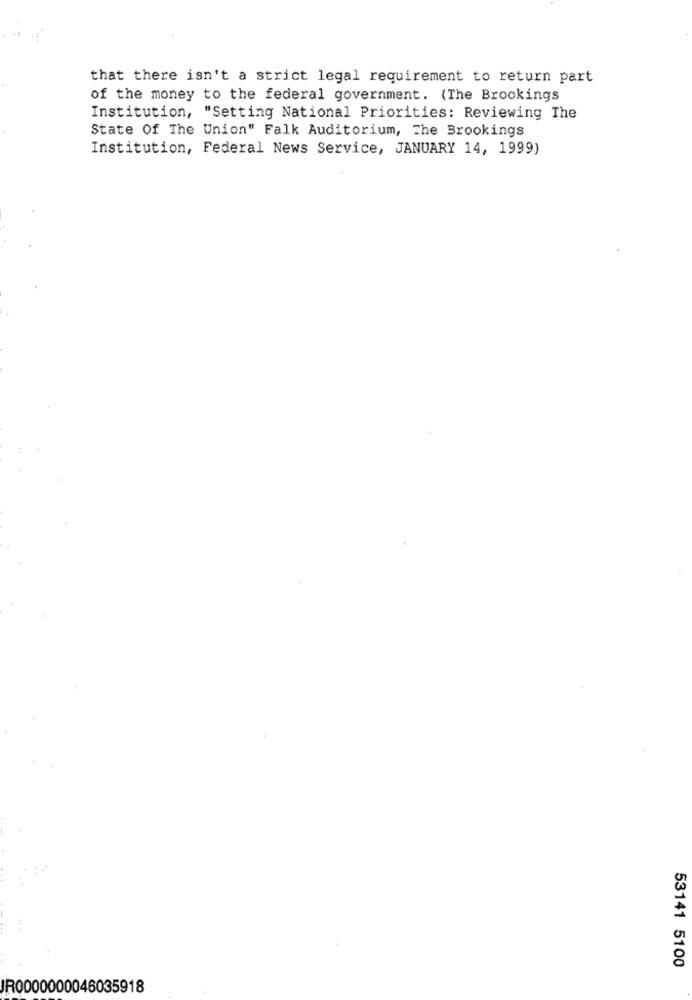
that there isn't a strict legal requirement to return part
of the money to the federal government. (The Brookings
Institution, "Setting National Priorities: Reviewing The
State Of The Union" Falk Auditorium, The Brookings
Institution, Federal News Service, JANUARY 14, 1999)
53141 5100
JR0000000046035918